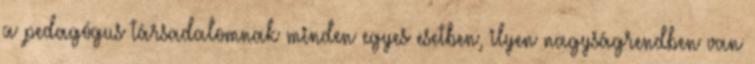
a pedagógus társadalomnak minden egyes esetben, ilyen nagyságrendben van